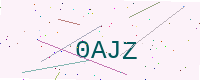
Text: 0AJZ